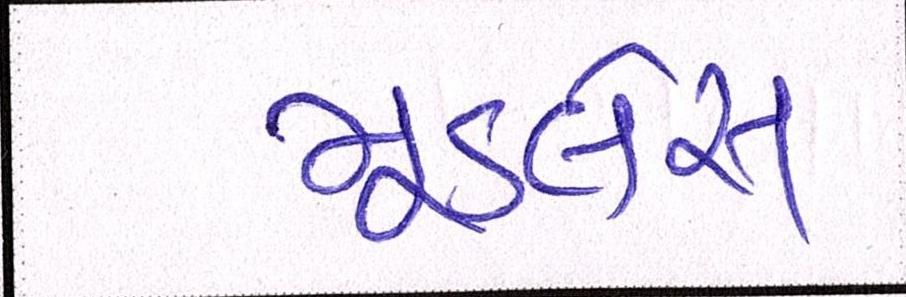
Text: મૂડલેસ